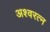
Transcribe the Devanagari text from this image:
अश्वरत्न